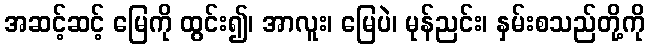
အဆင့်ဆင့် မြေကို ထွင်း၍၊ အာလူး၊ မြေပဲ၊ မုန်ညင်း၊ နှမ်းစသည်တို့ကို